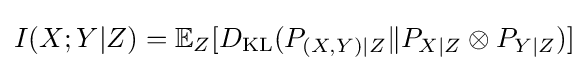
I(X;Y|Z)=\mathbb {E} _{Z}[D_{\mathrm {KL} }(P_{(X,Y)|Z}\|P_{X|Z}\otimes P_{Y|Z})]